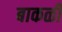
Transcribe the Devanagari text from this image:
बाकळी